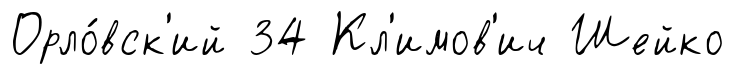
Орло́вск'ий 34 Кл'имов'ич Шейко